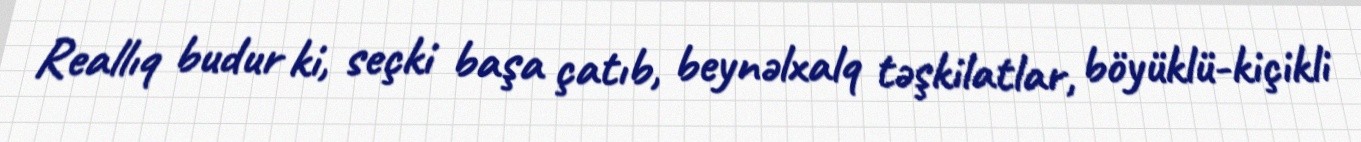
Reallıq budur ki, seçki başa çatıb, beynəlxalq təşkilatlar, böyüklü-kiçikli